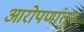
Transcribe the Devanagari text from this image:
आरोपणांतून